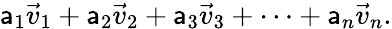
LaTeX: \mathsf{a}_{1}{\vec{{v}}}_{1}+\mathsf{a}_{2}{\vec{{v}}}_{2}+\mathsf{a}_{3}{\vec{{v}}}_{3}+\cdots+\mathsf{a}_{n}{\vec{{v}}}_{n}.